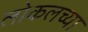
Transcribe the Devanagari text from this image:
लोकलच्या